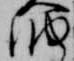
納